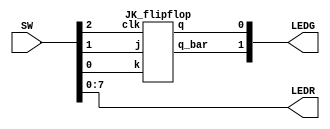
module Lab2_ex4(SW,LEDR,LEDG);
	input [17:0] SW;
	output [7:0] LEDR;
	output [17:0] LEDG;
	assign LEDR=SW;
	JK_flipflop DUT(.clk(SW[2]), .j(SW[1]),.k(SW[0]),.q(LEDG[0]),.q_bar(LEDG[1]));
endmodule


module JK_flipflop (
  input clk, rst_n,
  input j,k,
  output reg q,
  output q_bar
  );
  always@(posedge clk) begin 
    if(rst_n) q <= 0;
    else begin
      case({j,k})
        2'b00: q <= q;    
        2'b01: q <= 1'b0; 
        2'b10: q <= 1'b1; 
        2'b11: q <= ~q;   
      endcase
    end
  end
  assign q_bar = ~q;
endmodule